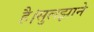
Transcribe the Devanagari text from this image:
है।सुलझाने